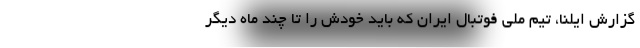
گزارش ایلنا، تیم ملی فوتبال ایران که باید خودش را تا چند ماه دیگر